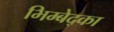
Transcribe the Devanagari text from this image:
भिम्बेद्का